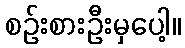
စဉ်းစားဦးမှပေါ့။